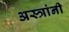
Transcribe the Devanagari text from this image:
अस्त्रांनी